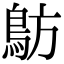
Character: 䲱